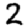
Digit: 2